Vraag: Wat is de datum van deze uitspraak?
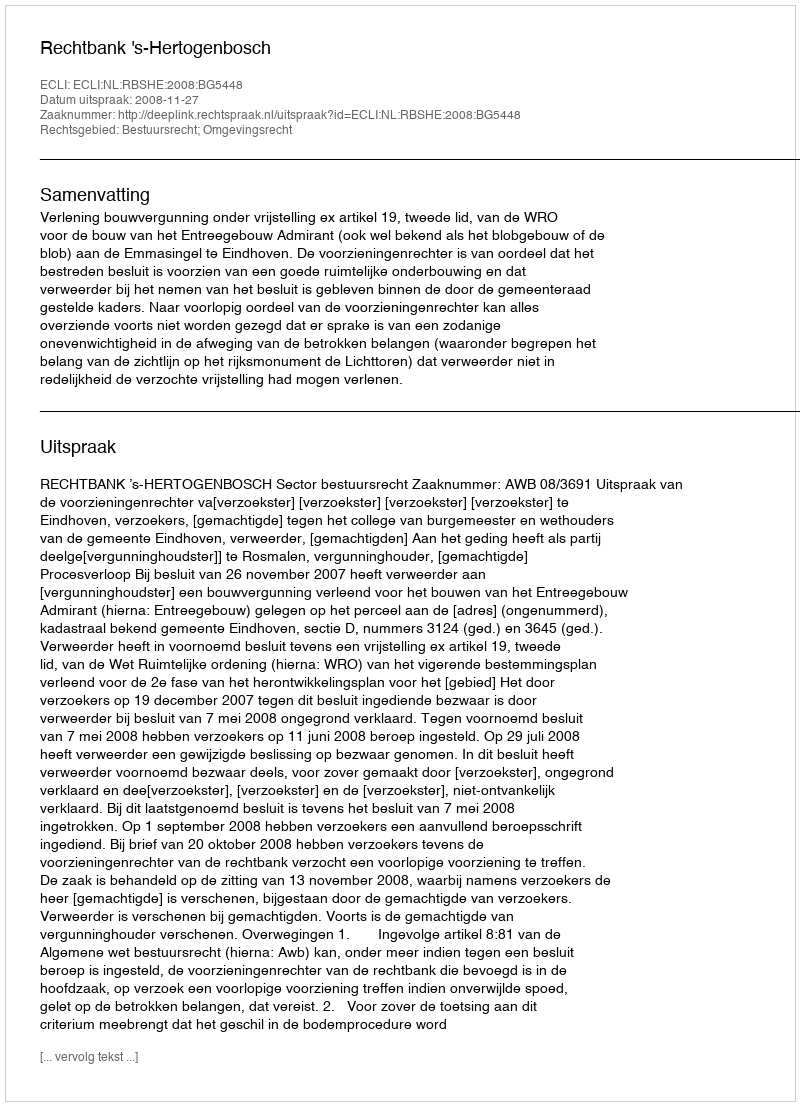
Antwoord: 2008-11-27